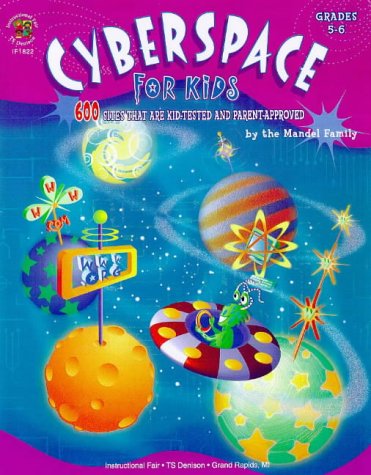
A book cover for Cyberspace for Kids; Computers & Technology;